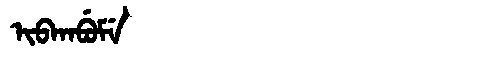
Manchu: ᡳᠪᡴᠠᠪᡠᠮᡝ
Romanization: IBKABUME